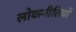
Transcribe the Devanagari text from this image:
लोकनीतियों